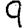
Digit: 9